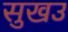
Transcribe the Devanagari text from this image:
सुखउ